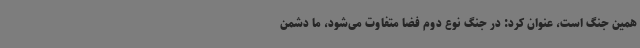
همین جنگ است، عنوان کرد: در جنگ نوع دوم فضا متفاوت می‌شود، ما دشمن